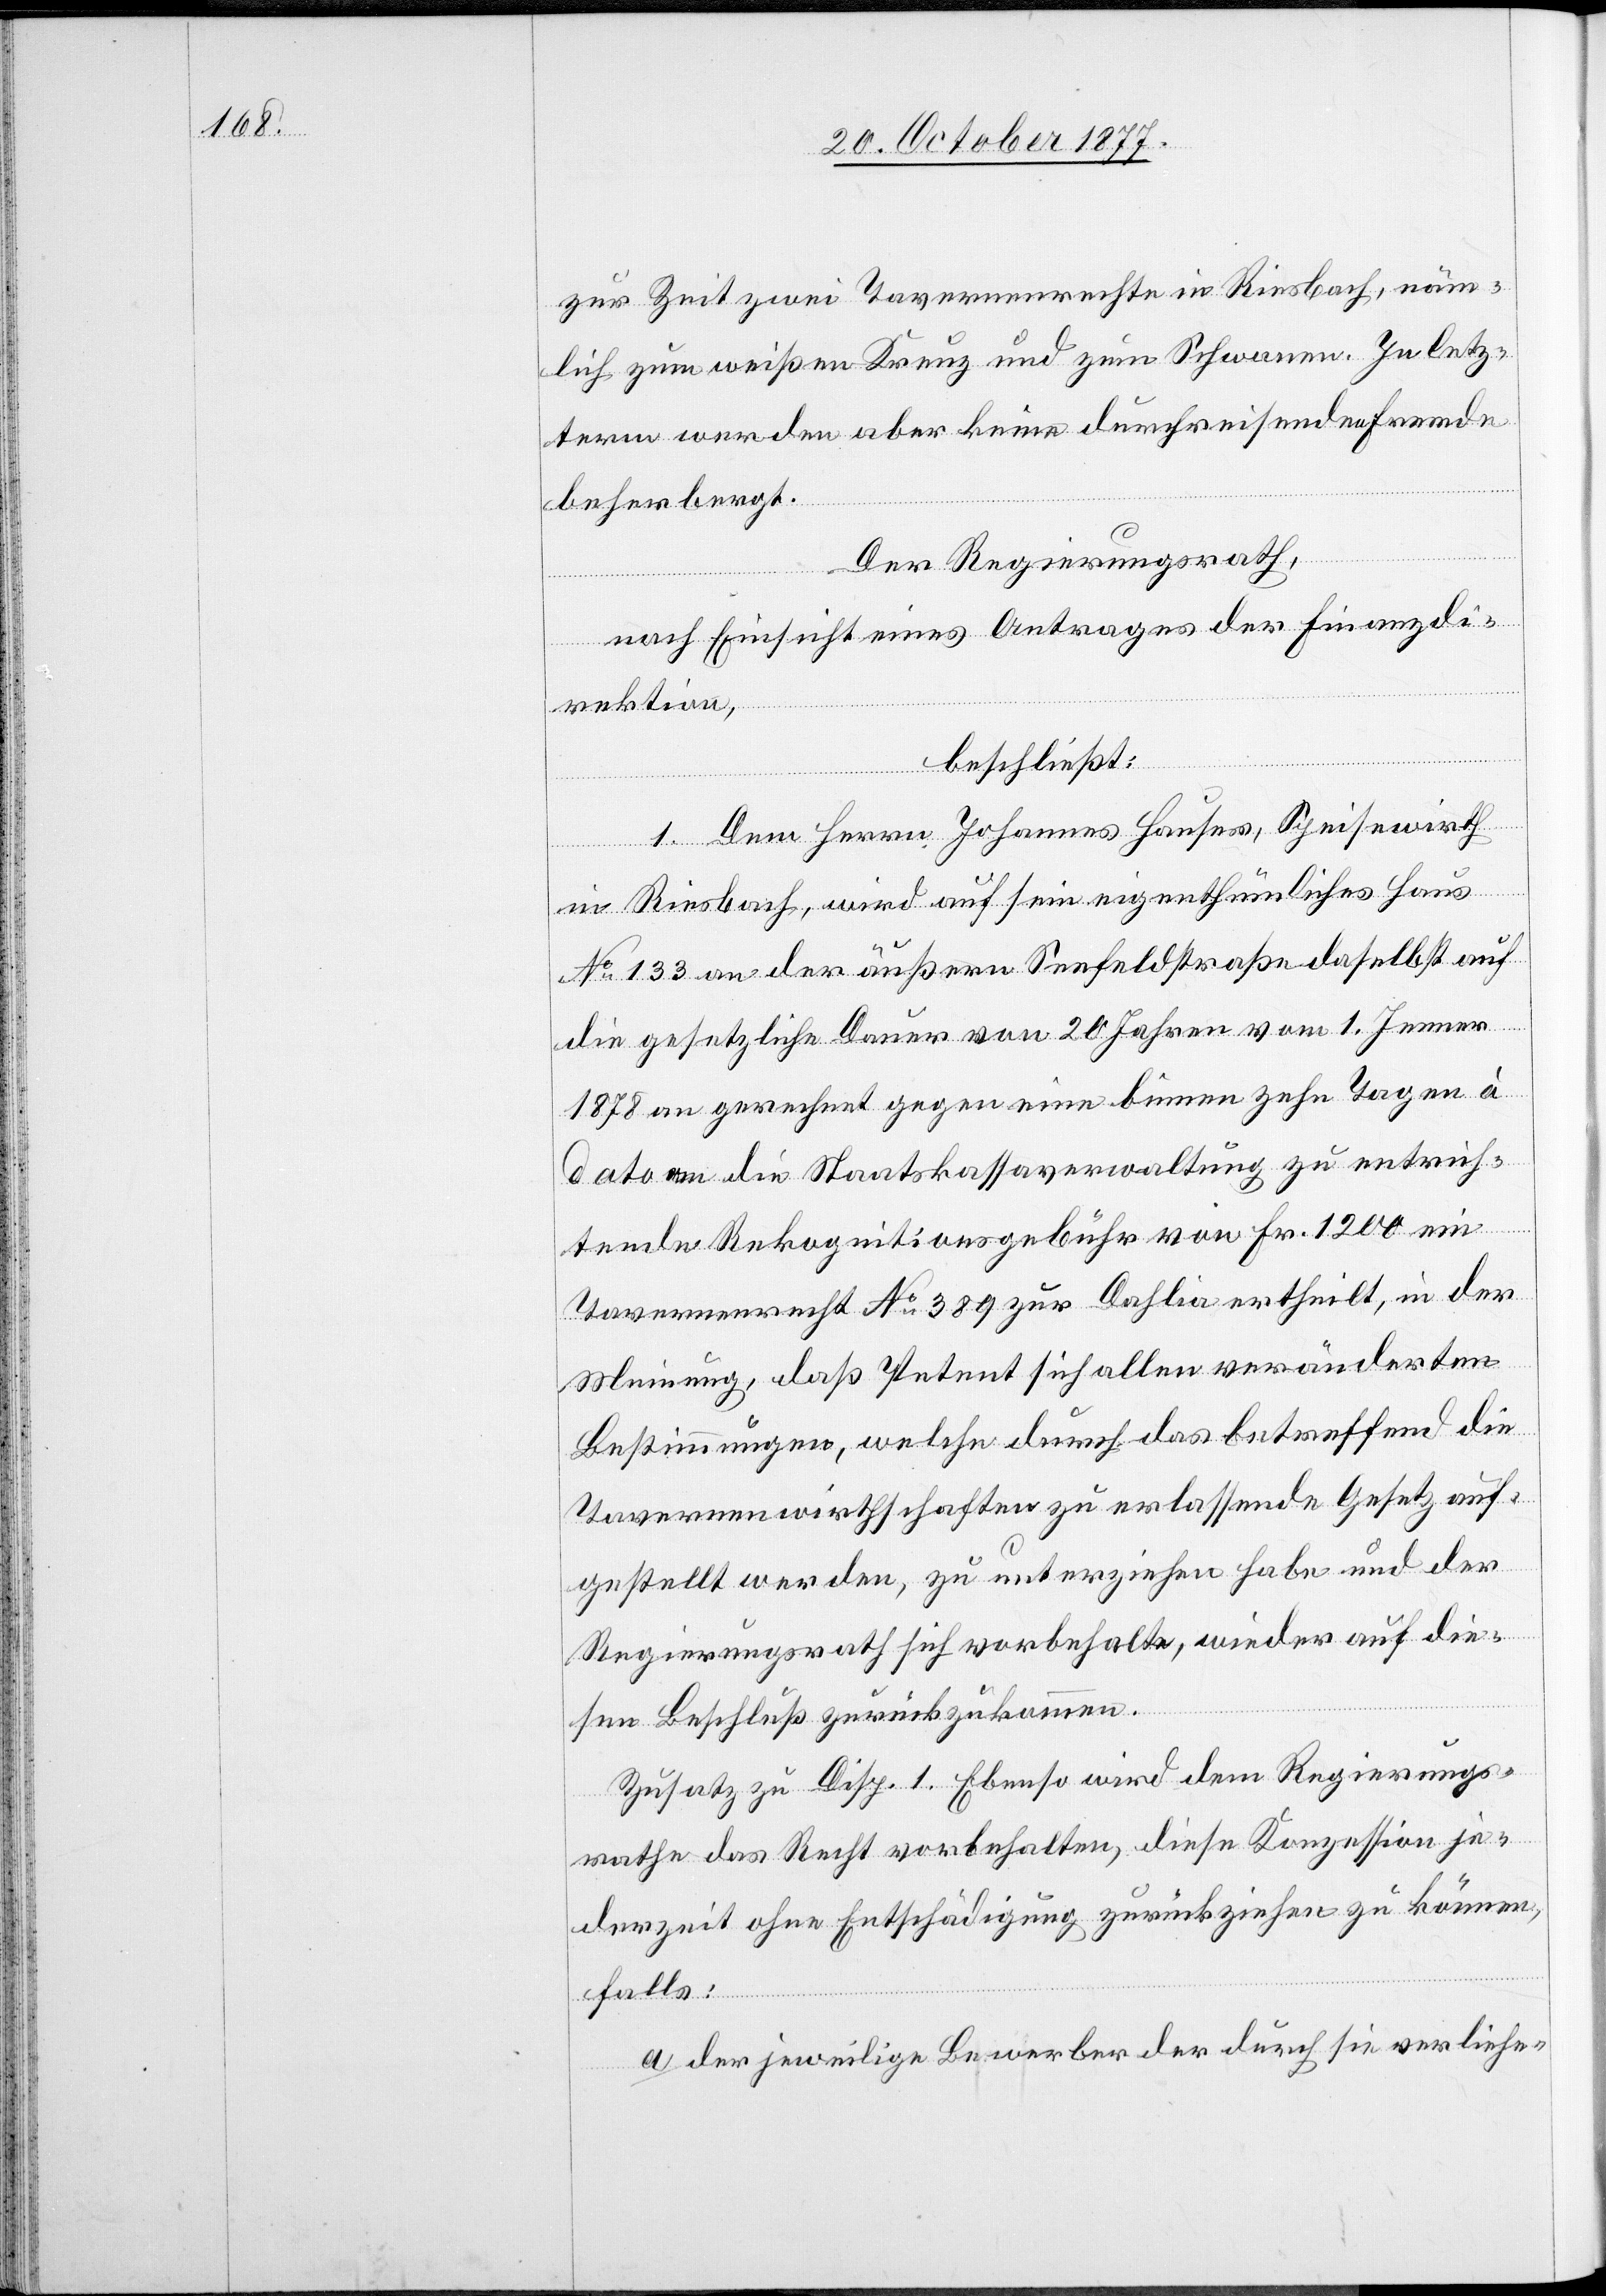
zur Zeit zwei Tavernenrechte in Riesbach, näm¬
lich zum weißen Kreuz und zum Schwanen. In letz¬
term werden aber keine durchreisenden Fremde
beherbergt.
Der Regierungsrath,
nach Einsicht eines Antrages der Finanzdi¬
rektion,
beschließt:
1. Dem Herrn Johannes Hauser, Speisewirth
in Riesbach, wird auf sein eigenthümliches Haus
No 133 an der äußern Seefeldstraße daselbst auf
die gesetzliche Dauer von 20 Jahren vom 1. Jenner
1878 an gerechnet gegen eine binnen zehn Tagen à
dato an die Staatskassaverwaltung zu entrich¬
tende Rekognitionsgebühr von Fr. 1200 ein
Tavernenrecht No 389 zur Dahlia ertheilt, in der
Meinung, daß Petent sich allen veränderten
Bestimmungen, welche durch das betreffend die
Tavernenwirthschaften zu erlassende Gesetz auf¬
gestellt werden, zu unterziehen habe und der
Regierungsrath sich vorbehalte, wieder auf die¬
sen Beschluß zurückzukommen.
Zusatz zu Disp. 1. Ebenso wird dem Regierungs¬
rathe das Recht vorbehalten, diese Konzession je¬
derzeit ohne Entschädigung zurückziehen zu können,
falls:
der jeweilige Bewerber der durch sie verliehe-